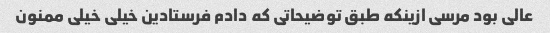
عالی بود مرسی ازینکه طبق توضیحاتی که دادم فرستادین خیلی خیلی ممنون